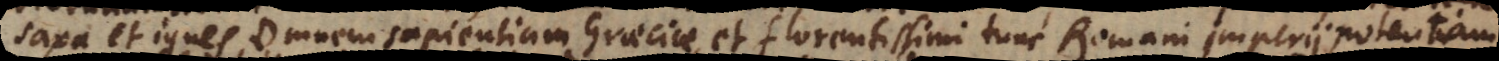
saxa et ignes, omnem sapientiam Graeciae, et florentissimi tunc Romani Imperii potentiam